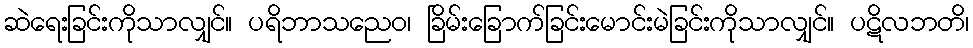
ဆဲရေးခြင်းကိုသာလျှင်။ ပရိဘာသညေဝ၊ ခြိမ်းခြောက်ခြင်းမောင်းမဲခြင်းကိုသာလျှင်။ ပဋိလဘတိ၊